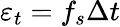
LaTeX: \varepsilon_{t}=f_{s}\Delta t